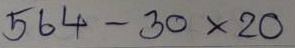
564 - 30 x 20